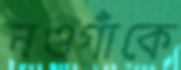
নওগাঁকে